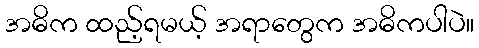
အဓိက ထည့်ရမယ့် အရာတွေက အဓိကပါပဲ။